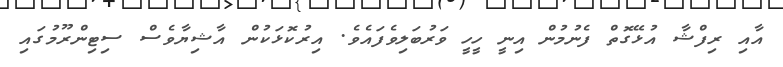
އާއި ރިފްޝާ އުޅޭގޮތް ފެނުމުން އިނީ ހީހީ ވަރުބަލިވެފައެވެ. އިރުކޮޅަކުން އާޝިޔާވެސް ސިޓިންރޫމުގައި